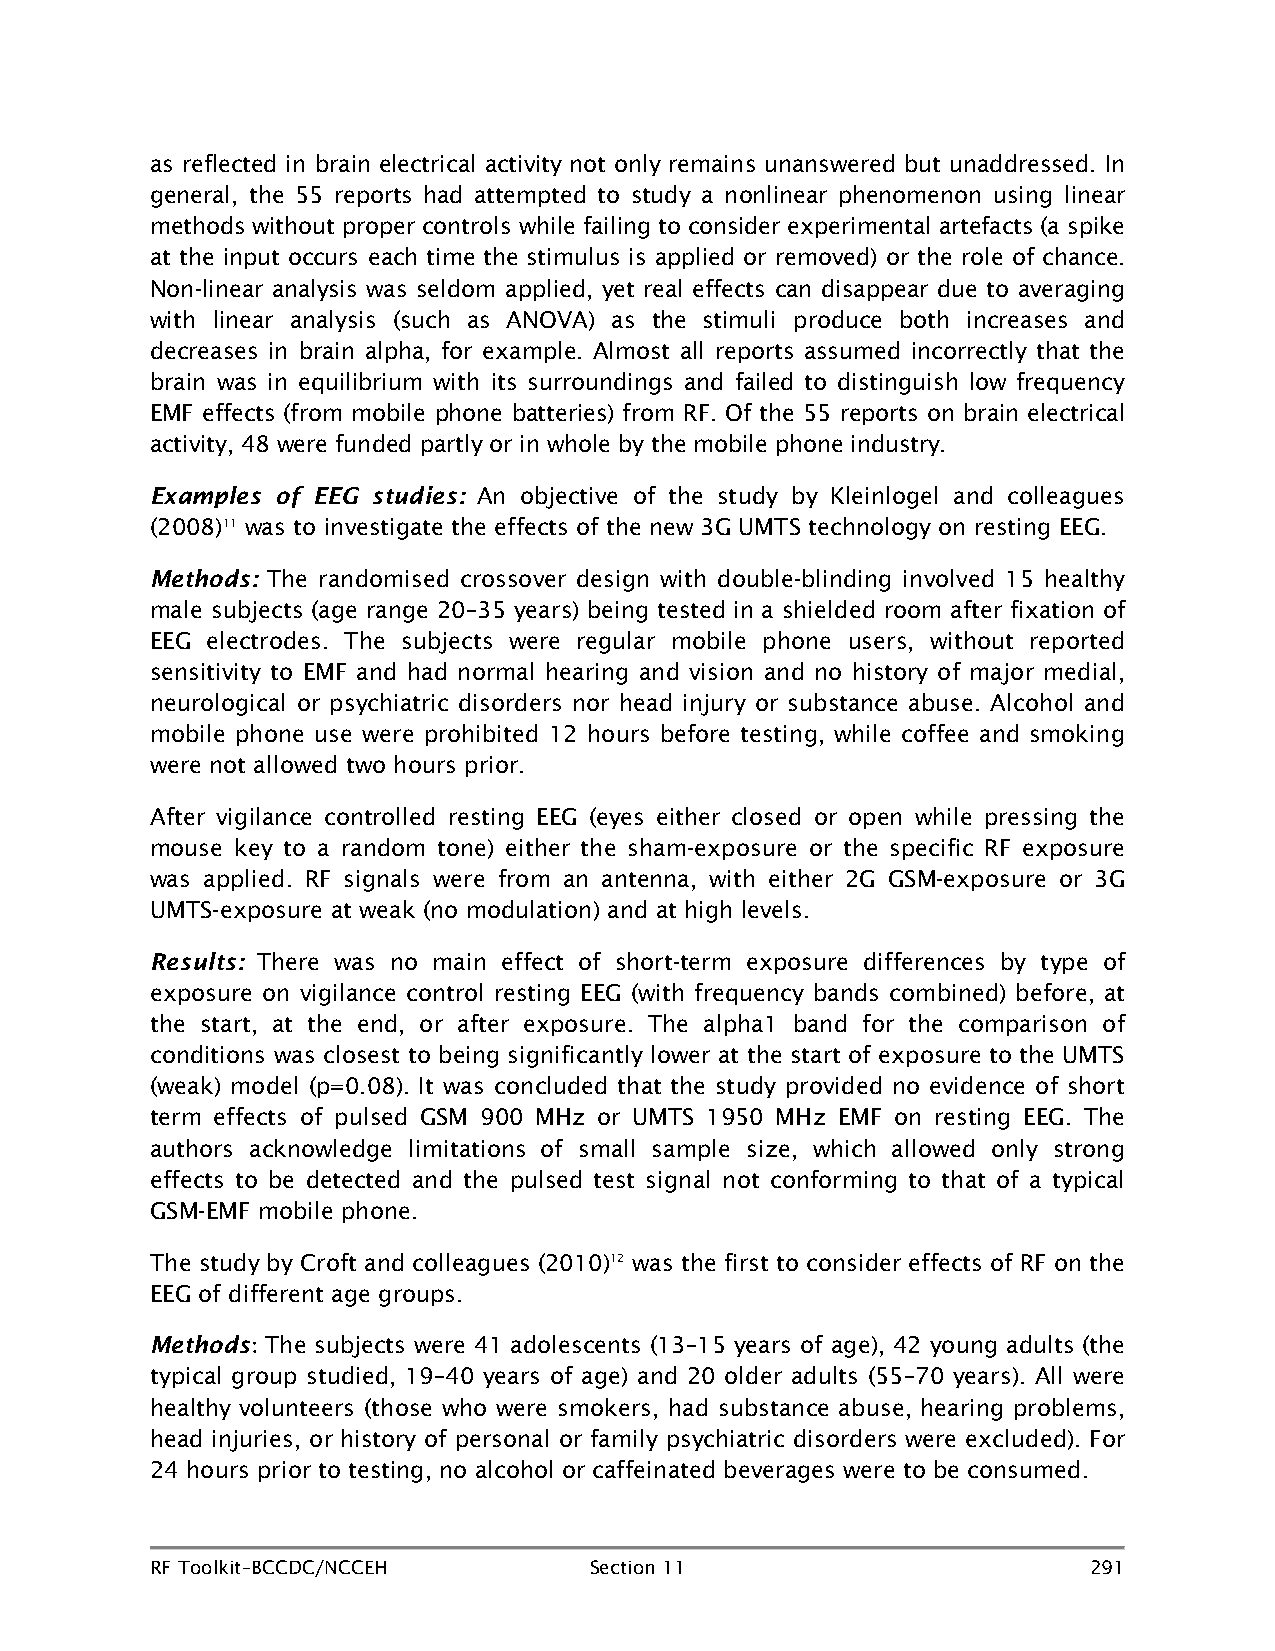
as reflected in brain electrical activity not only remains unanswered but unaddressed. In
 general, the 55 reports had attempted to study a nonlinear phenomenon using linear
 methods without proper controls while failing to consider experimental artefacts (a spike
 at the input occurs each time the stimulus is applied or removed) or the role of chance.
 Non-linear analysis was seldom applied, yet real effects can disappear due to averaging
 with linear analysis (such as ANOVA) as the stimuli produce both increases and
 decreases in brain alpha, for example. Almost all reports assumed incorrectly that the
 brain was in equilibrium with its surroundings and failed to distinguish low frequency
 EMF effects (from mobile phone batteries) from RF. Of the 55 reports on brain electrical
 activity, 48 were funded partly or in whole by the mobile phone industry.
 Examples of EEG studies: An objective of the study by Kleinlogel and colleagues
 (2008)11 was to investigate the effects of the new 3G UMTS technology on resting EEG.
 Methods: The randomised crossover design with double-blinding involved 15 healthy
 male subjects (age range 20–35 years) being tested in a shielded room after fixation of
 EEG electrodes. The subjects were regular mobile phone users, without reported
 sensitivity to EMF and had normal hearing and vision and no history of major medial,
 neurological or psychiatric disorders nor head injury or substance abuse. Alcohol and
 mobile phone use were prohibited 12 hours before testing, while coffee and smoking
 were not allowed two hours prior.
 After vigilance controlled resting EEG (eyes either closed or open while pressing the
 mouse key to a random tone) either the sham-exposure or the specific RF exposure
 was applied. RF signals were from an antenna, with either 2G GSM-exposure or 3G
 UMTS-exposure at weak (no modulation) and at high levels.
 Results: There was no main effect of short-term exposure differences by type of
 exposure on vigilance control resting EEG (with frequency bands combined) before, at
 the start, at the end, or after exposure. The alpha1 band for the comparison of
 conditions was closest to being significantly lower at the start of exposure to the UMTS
 (weak) model (p=0.08). It was concluded that the study provided no evidence of short
 term effects of pulsed GSM 900 MHz or UMTS 1950 MHz EMF on resting EEG. The
 authors acknowledge limitations of small sample size, which allowed only strong
 effects to be detected and the pulsed test signal not conforming to that of a typical
 GSM-EMF mobile phone.
 The study by Croft and colleagues (2010)12 was the first to consider effects of RF on the
 EEG of different age groups.
 Methods The subjects were 41 adolescents (13–15 years of age), 42 young adults (the
 :
 typical group studied, 19–40 years of age) and 20 older adults (55–70 years). All were
 healthy volunteers (those who were smokers, had substance abuse, hearing problems,
 head injuries, or history of personal or family psychiatric disorders were excluded). For
 24 hours prior to testing, no alcohol or caffeinated beverages were to be consumed.
 RF Toolkit–BCCDC/NCCEH       Section 11                       291